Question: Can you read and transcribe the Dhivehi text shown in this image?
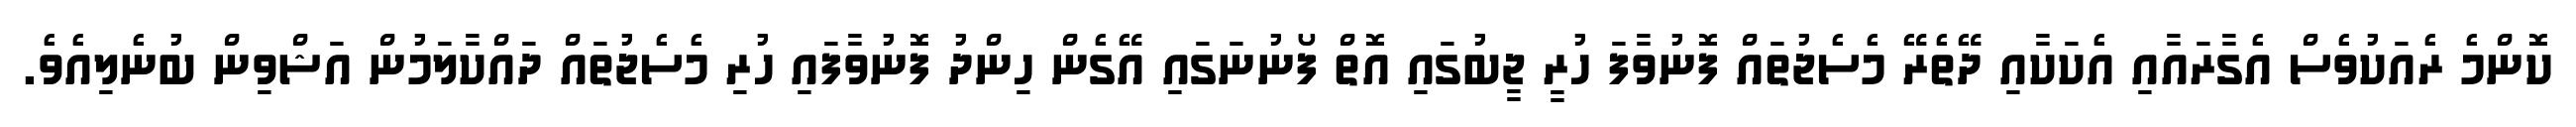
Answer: ކޮންމެ ރެއަކުވެސް އެގާރައާއި އެކަކާއި ދޭތެރޭ މެސެޖުތައް ފޮނުވާފަ ހުރީ ޖީބުގައި އޮތް ފޯނުނަގައި އޭގެން ހިންދު ފޮނުވާފައި ހުރި މެސެޖުތައް ދައްކާލަމުން އަޝްވިން ބުނެލިއެވެ.